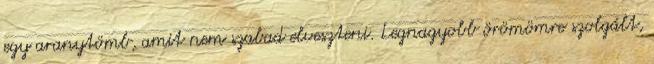
egy aranytömb, amit nem szabad elveszteni. Legnagyobb örömömre szolgált,